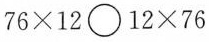
76×12〇12×76